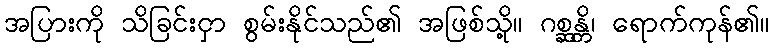
အပြားကို သိခြင်းငှာ စွမ်းနိုင်သည်၏ အဖြစ်သို့။ ဂစ္ဆန္တိ၊ ရောက်ကုန်၏။